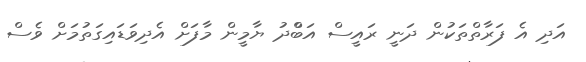
އަދި އެ ފަރާތްތަކުން ދަނީ ރައީސް އަބްްދު ޔާމީން މާފަށް އެދިވަޑައިގަތުމަށް ވެސް